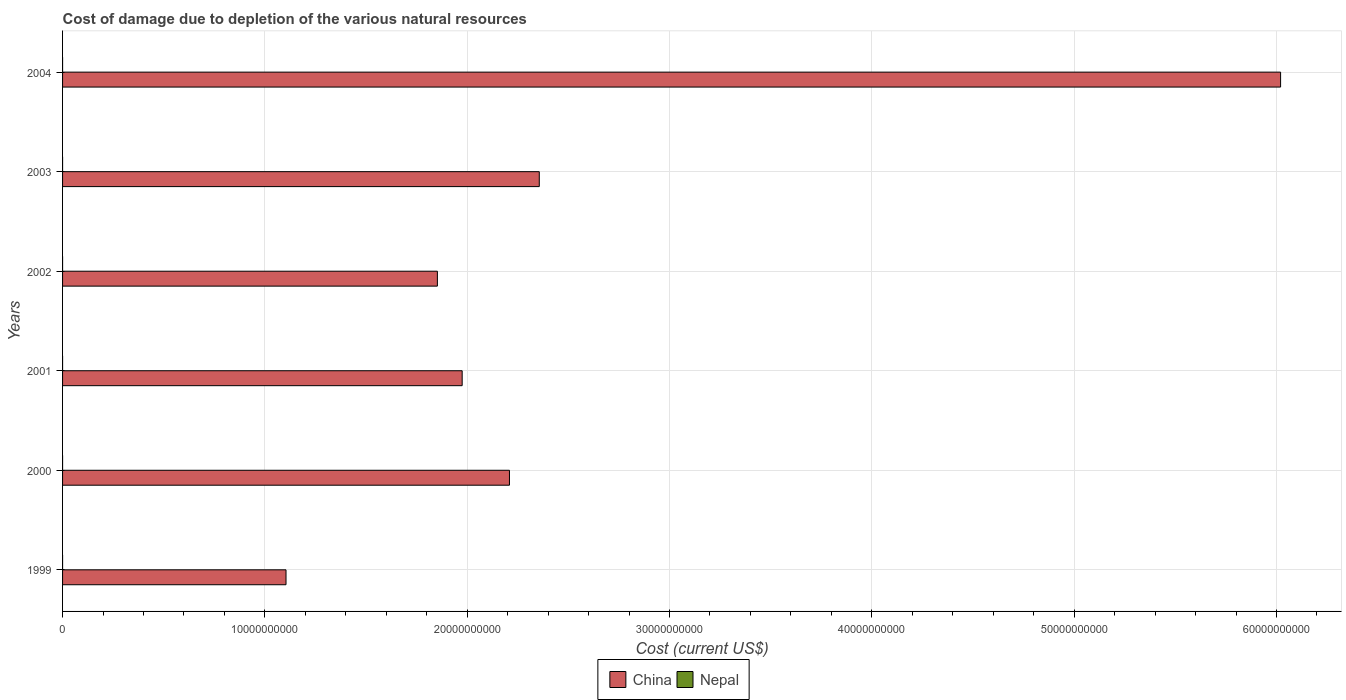
| Years | China | Nepal |
 | --- | --- | --- |
 | 1999 | 1.1e+10 | 4.67e+03 |
 | 2000 | 2.21e+10 | 2.08e+04 |
 | 2001 | 1.98e+10 | 6.34e+04 |
 | 2002 | 1.85e+10 | 3.04e+04 |
 | 2003 | 2.36e+10 | 4.26e+04 |
 | 2004 | 6.02e+10 | 1.67e+05 |